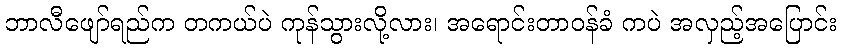
ဘာလီဖျော်ရည်က တကယ်ပဲ ကုန်သွားလို့လား၊ အရောင်းတာဝန်ခံ ကပဲ အလှည့်အပြောင်း